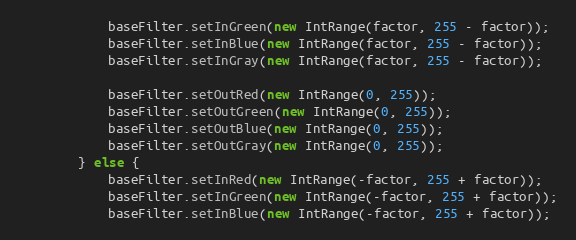
Language: Java
            baseFilter.setInGreen(new IntRange(factor, 255 - factor));
            baseFilter.setInBlue(new IntRange(factor, 255 - factor));
            baseFilter.setInGray(new IntRange(factor, 255 - factor));

            baseFilter.setOutRed(new IntRange(0, 255));
            baseFilter.setOutGreen(new IntRange(0, 255));
            baseFilter.setOutBlue(new IntRange(0, 255));
            baseFilter.setOutGray(new IntRange(0, 255));
        } else {
            baseFilter.setInRed(new IntRange(-factor, 255 + factor));
            baseFilter.setInGreen(new IntRange(-factor, 255 + factor));
            baseFilter.setInBlue(new IntRange(-factor, 255 + factor));